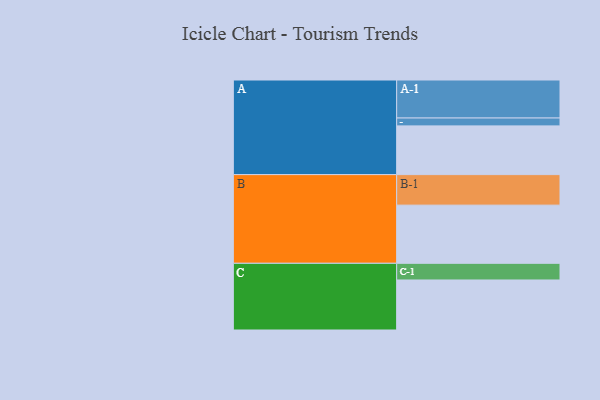
{"axis": {"x": "Segment", "y": "Value"}, "legend": ["", "A", "B", "C"], "data": [{"x": "A", "y": 377, "type": ""}, {"x": "B", "y": 450, "type": ""}, {"x": "C", "y": 387, "type": ""}, {"x": "A-1", "y": 294, "type": "A"}, {"x": "A-2", "y": 61, "type": "A"}, {"x": "B-1", "y": 236, "type": "B"}, {"x": "C-1", "y": 129, "type": "C"}]}